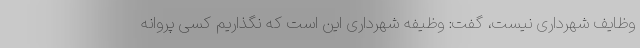
وظایف شهرداری نیست، گفت: وظیفه شهرداری این است که نگذاریم کسی پروانه